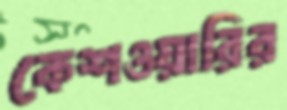
কেশওয়ারির